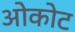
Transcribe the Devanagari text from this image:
ओकोट